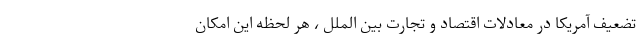
تضعیف آمریکا در معادلات اقتصاد و تجارت بین الملل ، هر لحظه این امکان